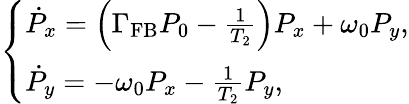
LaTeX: \left\{ \begin{array}{l}{\dot{P}_{x}=\left(\Gamma_{\mathrm{FB}}P_{0}-\frac{1}{T_{2}}\right)P_{x}+\omega_{0}P_{y},}\\ {\dot{P}_{y}=-\omega_{0}P_{x}-\frac{1}{T_{2}}P_{y},}\end{array}\right.